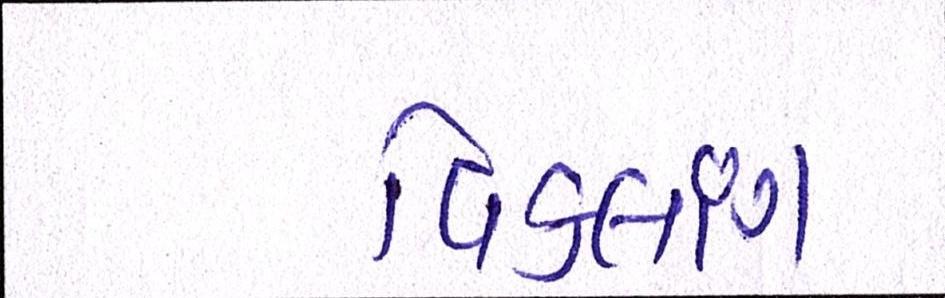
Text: વિકલાંગ